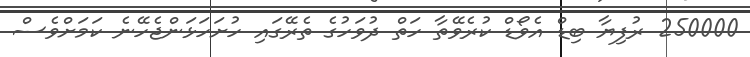
250000 ރުފިޔާ ބިޑް އެވޯޑް ކުރެވޭތާ ހަތް ދުވަހުގެ ތެރޭގައި ހުށަހަޅަންޖެހޭނެ ކަމަށްވެސް